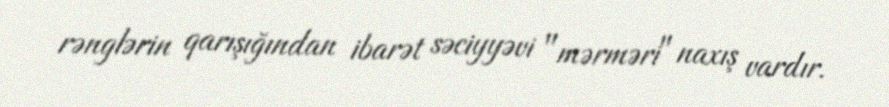
rənglərin qarışığından ibarət səciyyəvi "mərməri" naxış vardır.